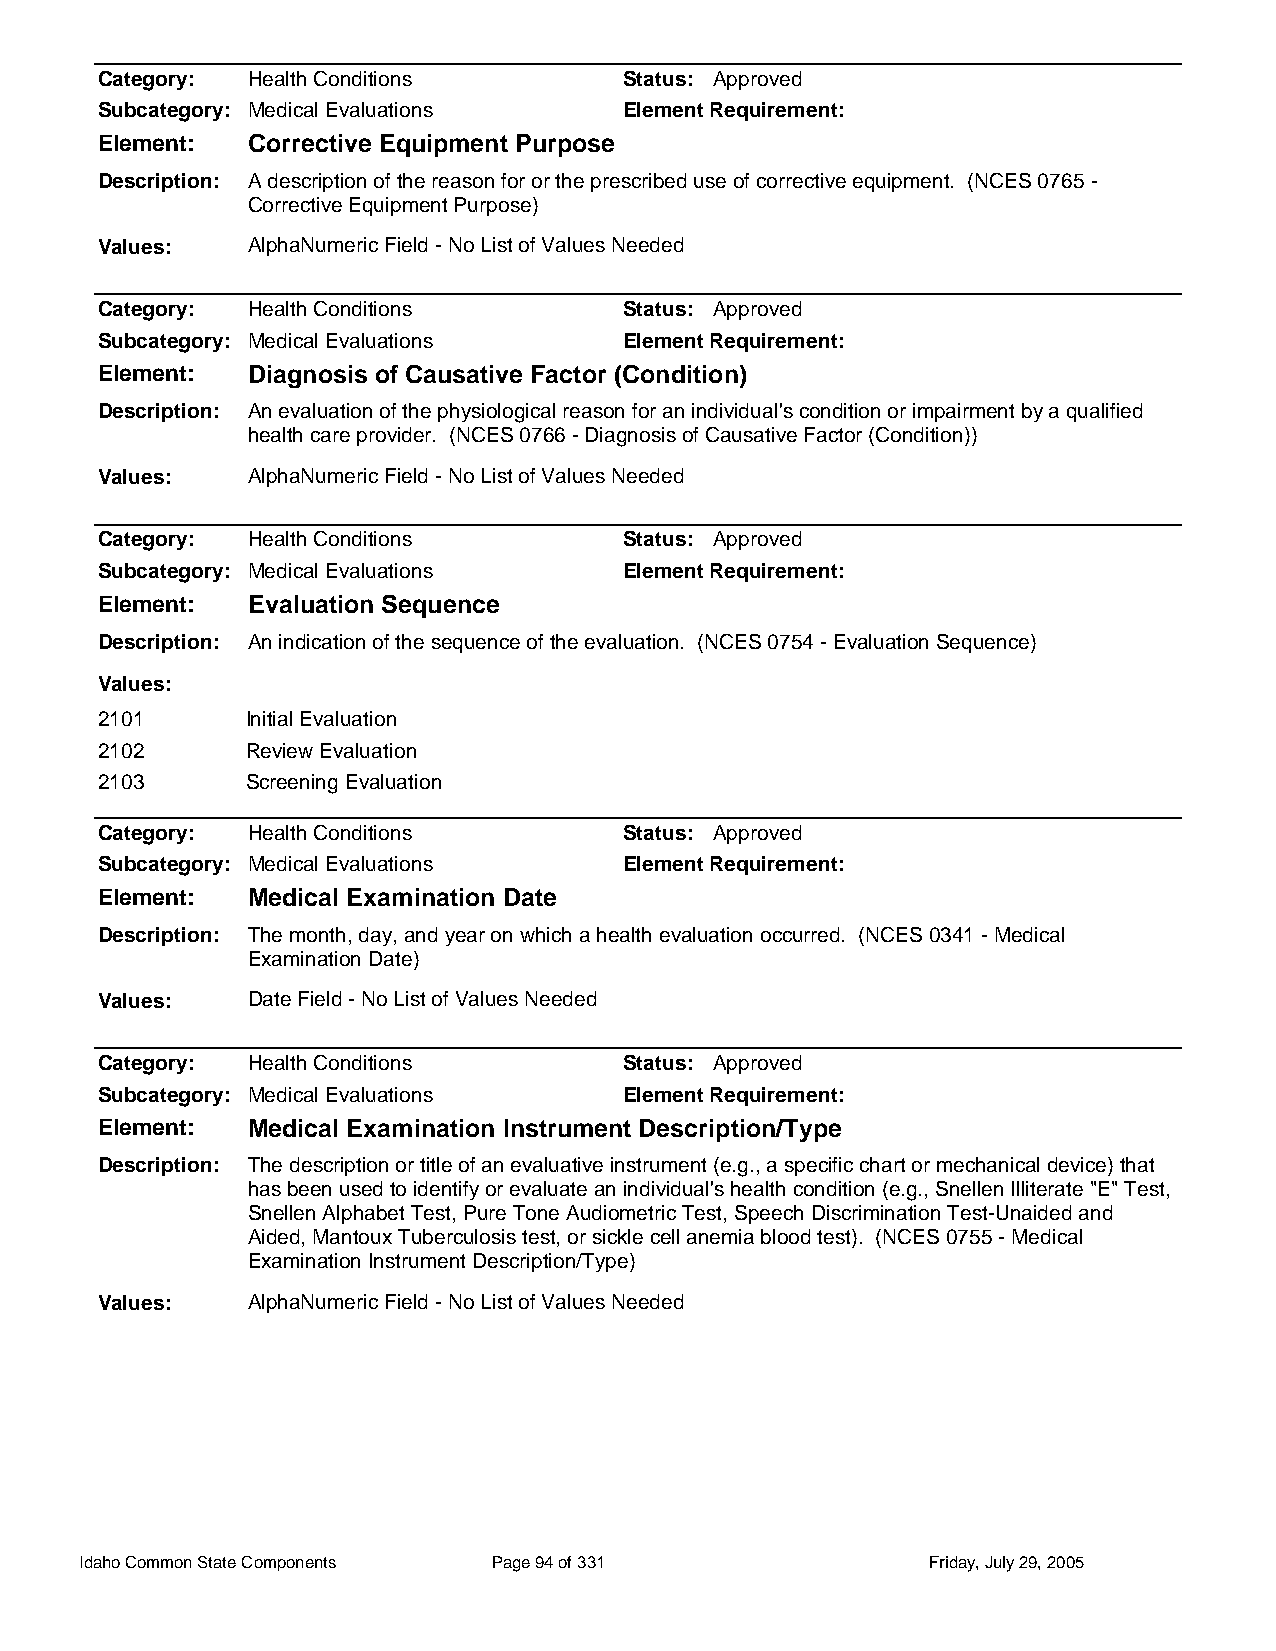
Category: Health Conditions        Status: Approved
 Subcategory: Medical Evaluations   Element Requirement:
 Element:  Corrective Equipment Purpose
 Description: A description of the reason for or the prescribed use of corrective equipment. (NCES 0765 -
 Corrective Equipment Purpose)
 Values:   AlphaNumeric Field - No List of Values Needed
 Category: Health Conditions        Status: Approved
 Subcategory: Medical Evaluations   Element Requirement:
 Element:  Diagnosis of Causative Factor (Condition)
 Description: An evaluation of the physiological reason for an individual's condition or impairment by a qualified
 health care provider. (NCES 0766 - Diagnosis of Causative Factor (Condition))
 Values:   AlphaNumeric Field - No List of Values Needed
 Category: Health Conditions        Status: Approved
 Subcategory: Medical Evaluations   Element Requirement:
 Element:  Evaluation Sequence
 Description: An indication of the sequence of the evaluation. (NCES 0754 - Evaluation Sequence)
 Values:
 2101      Initial Evaluation
 2102      Review Evaluation
 2103      Screening Evaluation
 Category: Health Conditions        Status: Approved
 Subcategory: Medical Evaluations   Element Requirement:
 Element:  Medical Examination Date
 Description: The month, day, and year on which a health evaluation occurred. (NCES 0341 - Medical
 Examination Date)
 Values:   Date Field - No List of Values Needed
 Category: Health Conditions        Status: Approved
 Subcategory: Medical Evaluations   Element Requirement:
 Element:  Medical Examination Instrument Description/Type
 Description: The description or title of an evaluative instrument (e.g., a specific chart or mechanical device) that
 has been used to identify or evaluate an individual's health condition (e.g., Snellen Illiterate "E" Test,
 Snellen Alphabet Test, Pure Tone Audiometric Test, Speech Discrimination Test-Unaided and
 Aided, Mantoux Tuberculosis test, or sickle cell anemia blood test). (NCES 0755 - Medical
 Examination Instrument Description/Type)
 Values:   AlphaNumeric Field - No List of Values Needed
 Idaho Common State Components Page 94 of 331            Friday, July 29, 2005